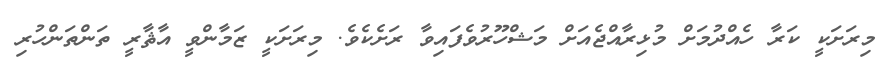
މިރަށަކީ ކަރާ ހެއްދުމަށް މުޅިރާއްޖެއަށް މަޝްހޫރުވެފައިވާ ރަށެކެވެ. މިރަށަކީ ޒަމާންވީ އާޘާރީ ތަންތަންހުރި